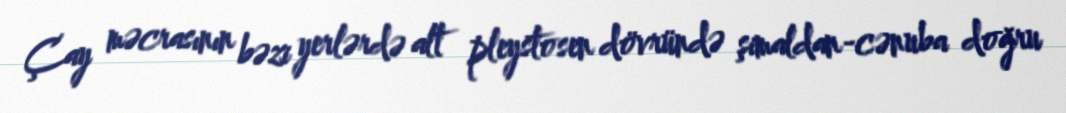
Çay məcrasının bəzi yerlərdə alt pleystosen dövründə şimaldan-cənuba doğru